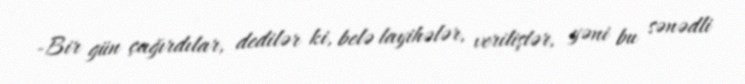
-Bir gün çağırdılar, dedilər ki, belə layihələr, verilişlər, yəni bu sənədli